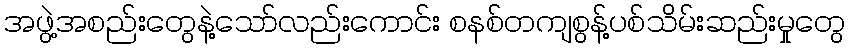
အဖွဲ့အစည်းတွေနဲ့သော်လည်းကောင်း စနစ်တကျစွန့်ပစ်သိမ်းဆည်းမှုတွေ